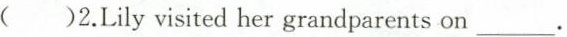
( )2.Lily visited her grandparents on ___ .